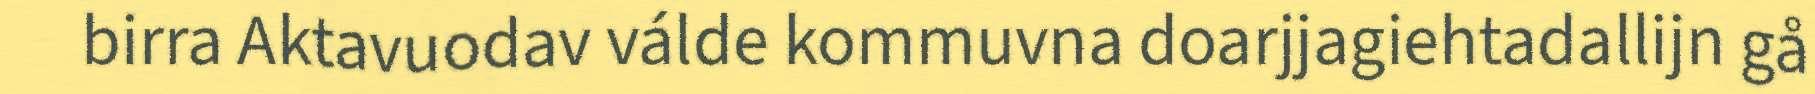
birra Aktavuodav válde kommuvna doarjjagiehtadallijn gå